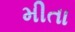
મીતા